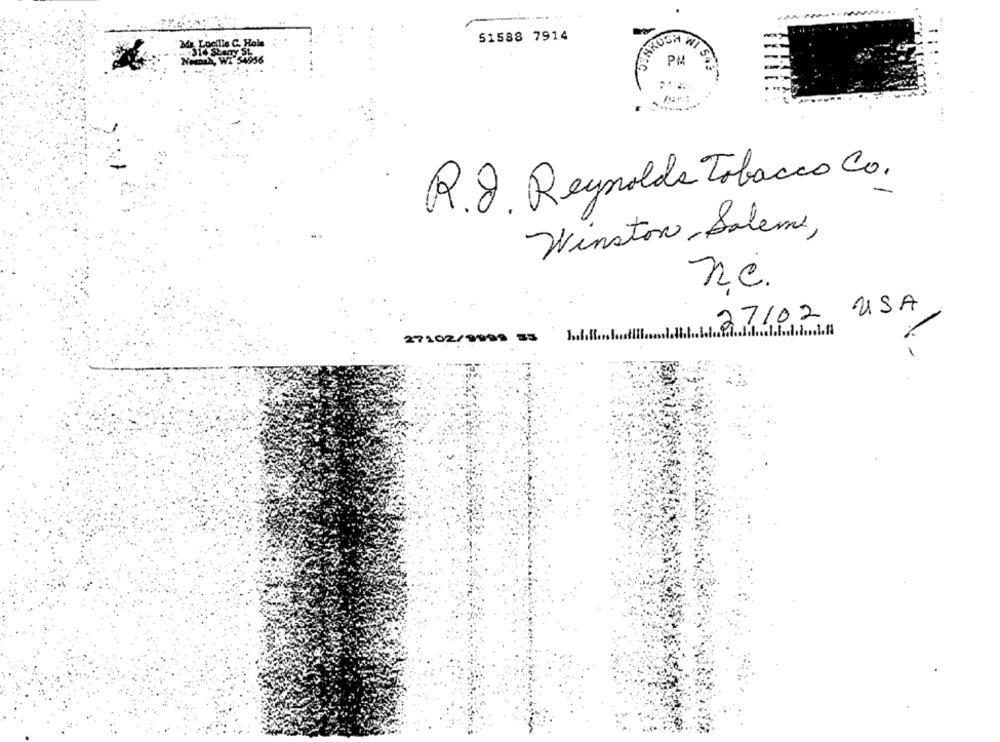
51588 7914
Loelle C. Hola
LUSH WI
Nomas, WI 54956
R.J. Reynolds Tobacco Co.
Winston - Salem,
ne.
2,7/02 USA
27102/9998 35